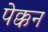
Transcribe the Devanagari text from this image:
पेक्कन